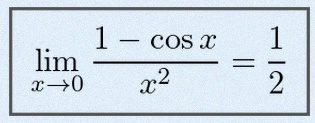
\lim_{x\to0}\frac{1-\cos x}{x^2}=\frac12